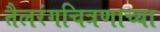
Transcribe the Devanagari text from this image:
तैलरंगचित्रणाच्या